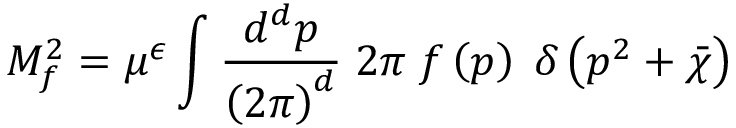
M _ { f } ^ { 2 } = \mu ^ { \epsilon } \int \frac { d ^ { d } p } { \left( 2 \pi \right) ^ { d } } \; 2 \pi \; f \left( p \right) \; \delta \left( p ^ { 2 } + \bar { \chi } \right)